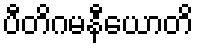
ပီတိဂမနီယောတိ